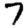
Digit: 7